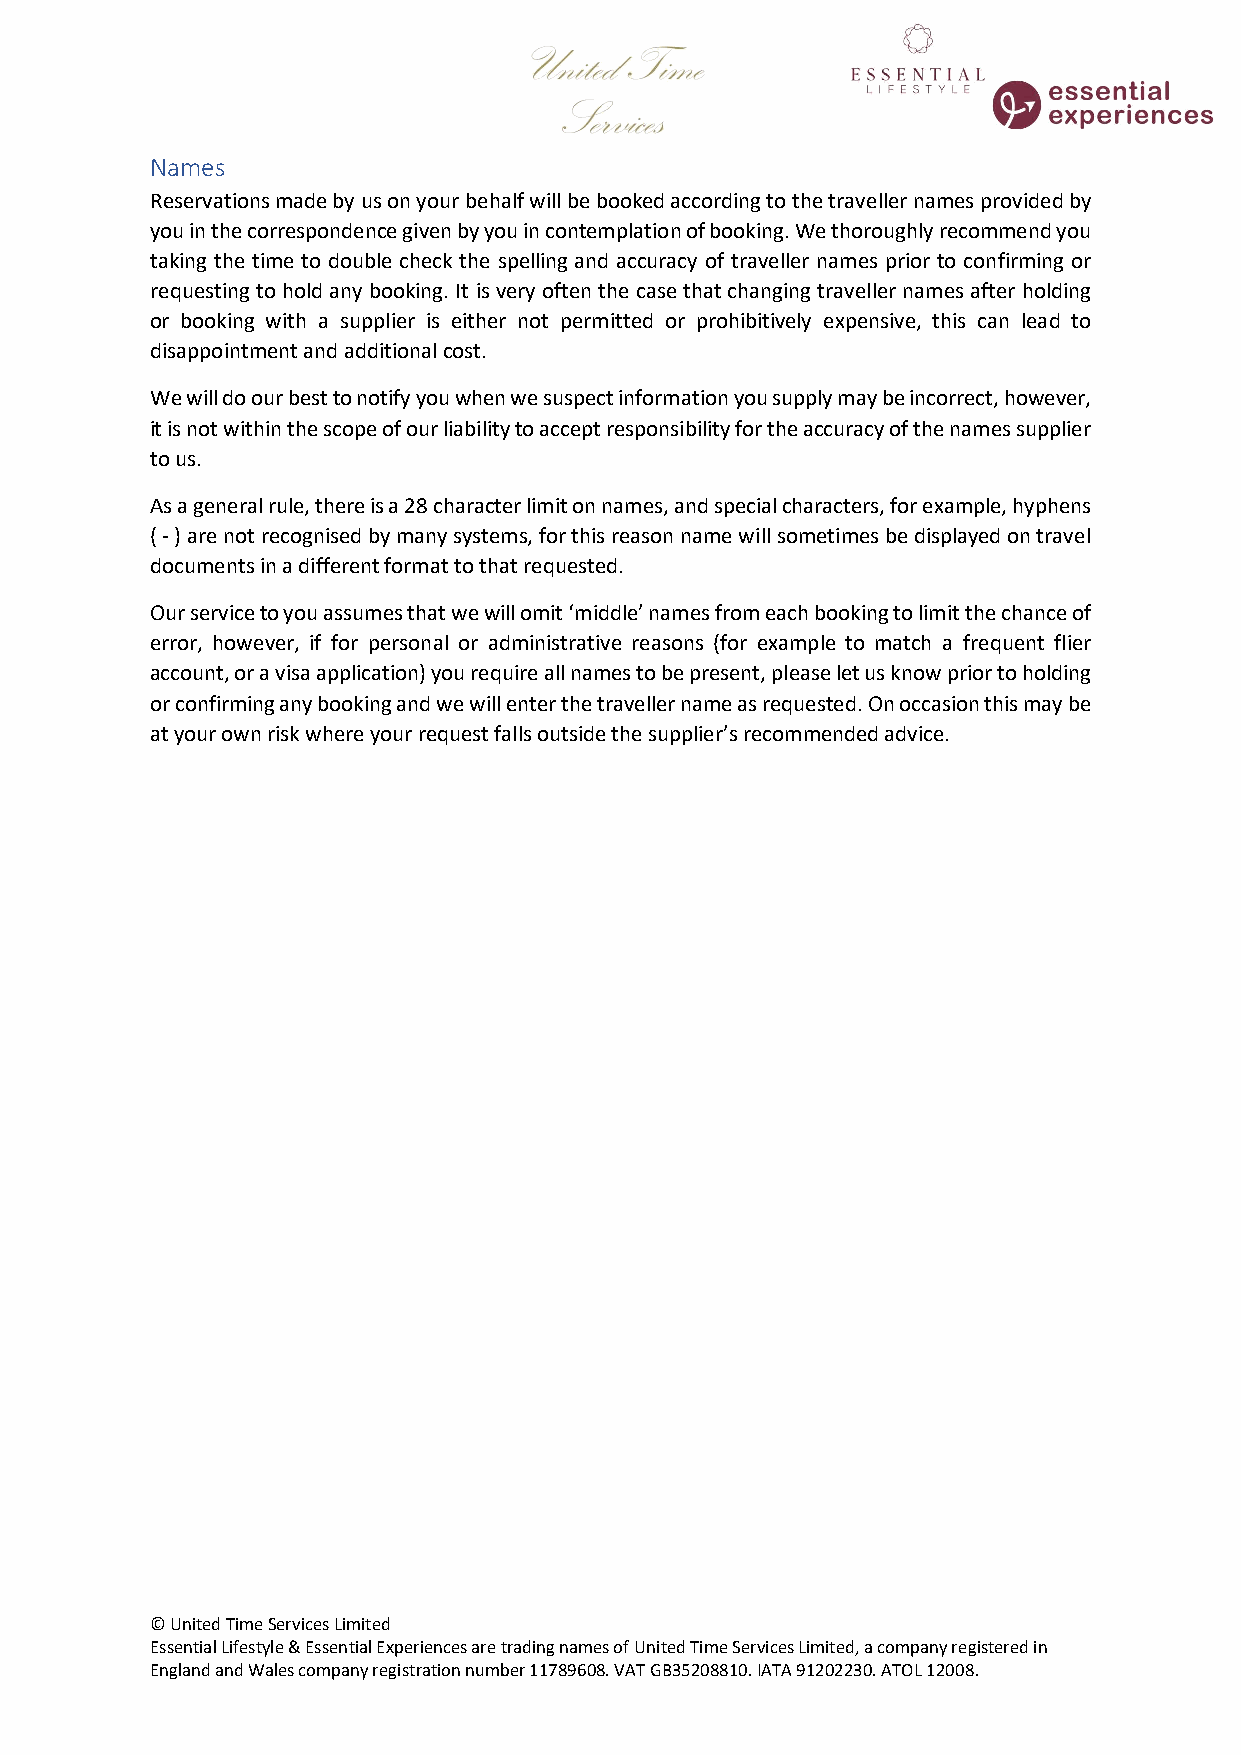
Names
 Reservations made by us on your behalf will be booked according to the traveller names provided by
 you in the correspondence given by you in contemplation of booking. We thoroughly recommend you
 taking the time to double check the spelling and accuracy of traveller names prior to confirming or
 requesting to hold any booking. It is very often the case that changing traveller names after holding
 or booking with a supplier is either not permitted or prohibitively expensive, this can lead to
 disappointment and additional cost.
 We will do our best to notify you when we suspect information you supply may be incorrect, however,
 it is not within the scope of our liability to accept responsibility for the accuracy of the names supplier
 to us.
 As a general rule, there is a 28 character limit on names, and special characters, for example, hyphens
 ( - ) are not recognised by many systems, for this reason name will sometimes be displayed on travel
 documents in a different format to that requested.
 Our service to you assumes that we will omit ‘middle’ names from each booking to limit the chance of
 error, however, if for personal or administrative reasons (for example to match a frequent flier
 account, or a visa application) you require all names to be present, please let us know prior to holding
 or confirming any booking and we will enter the traveller name as requested. On occasion this may be
 at your own risk where your request falls outside the supplier’s recommended advice.
 © United Time Services Limited
 Essential Lifestyle & Essential Experiences are trading names of United Time Services Limited, a company registered in
 England and Wales company registration number 11789608. VAT GB35208810. IATA 91202230. ATOL 12008.